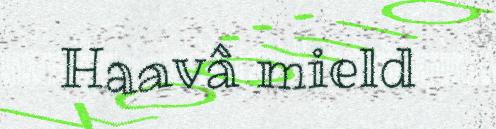
Haavâ mield